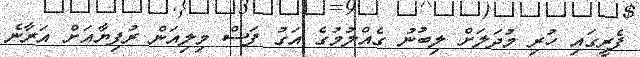
ފެރީގައި ހުރި މުދަލަށް ލިބުނު ގެއްލުމުގެ އަގު ފަސް މިލިއަން ރުފިޔާއަށް އަރާނެ